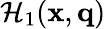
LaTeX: \mathcal{H}_{1}(\mathbf{x},\mathbf{q})